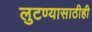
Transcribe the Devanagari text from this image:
लुटण्यासाठीही